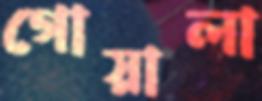
গোয়ালা